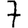
Digit: 7